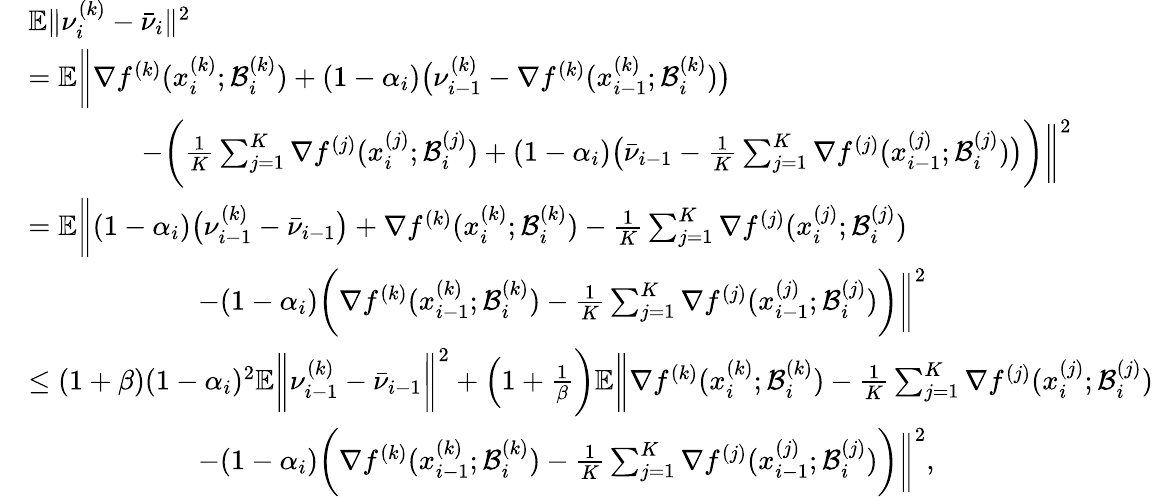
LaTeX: \begin{array}{rl}&{\mathbb{E}\| \nu_{i}^{(k)}-\bar{\nu}_{i}\| ^{2}}\\ &{=\mathbb{E}\bigg\| \nabla f^{(k)}(x_{i}^{(k)};\mathcal{B}_{i}^{(k)})+(1-\alpha_{i})\big(\nu_{i-1}^{(k)}-\nabla f^{(k)}(x_{i-1}^{(k)};\mathcal{B}_{i}^{(k)})\big)}\\ &{\qquad\qquad-\bigg(\frac{1}{K}\sum_{j=1}^{K}\nabla f^{(j)}(x_{i}^{(j)};\mathcal{B}_{i}^{(j)})+(1-\alpha_{i})\big(\bar{\nu}_{i-1}-\frac{1}{K}\sum_{j=1}^{K}\nabla f^{(j)}(x_{i-1}^{(j)};\mathcal{B}_{i}^{(j)})\big)\bigg)\bigg\| ^{2}}\\ &{=\mathbb{E}\bigg\| (1-\alpha_{i})\big(\nu_{i-1}^{(k)}-\bar{\nu}_{i-1}\big)+\nabla f^{(k)}(x_{i}^{(k)};\mathcal{B}_{i}^{(k)})-\frac{1}{K}\sum_{j=1}^{K}\nabla f^{(j)}(x_{i}^{(j)};\mathcal{B}_{i}^{(j)})}\\ &{\qquad\qquad\qquad-(1-\alpha_{i})\bigg(\nabla f^{(k)}(x_{i-1}^{(k)};\mathcal{B}_{i}^{(k)})-\frac{1}{K}\sum_{j=1}^{K}\nabla f^{(j)}(x_{i-1}^{(j)};\mathcal{B}_{i}^{(j)})\bigg)\bigg\| ^{2}}\\ &{\leq(1+\beta)(1-\alpha_{i})^{2}\mathbb{E}\bigg\| \nu_{i-1}^{(k)}-\bar{\nu}_{i-1}\bigg\| ^{2}+\Big(1+\frac{1}{\beta}\bigg)\mathbb{E}\bigg\| \nabla f^{(k)}(x_{i}^{(k)};\mathcal{B}_{i}^{(k)})-\frac{1}{K}\sum_{j=1}^{K}\nabla f^{(j)}(x_{i}^{(j)};\mathcal{B}_{i}^{(j)})}\\ &{\qquad\qquad\qquad-(1-\alpha_{i})\bigg(\nabla f^{(k)}(x_{i-1}^{(k)};\mathcal{B}_{i}^{(k)})-\frac{1}{K}\sum_{j=1}^{K}\nabla f^{(j)}(x_{i-1}^{(j)};\mathcal{B}_{i}^{(j)})\bigg)\bigg\| ^{2},}\end{array}